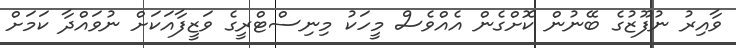
ވާއިރު ނުފޫޒުގެ ބޭނުން ކޮށްގެން އެެއްވެސް މީހަކު މިނިސްޓްރީގެ ވަޒީފާއަކަށް ނުވައްދާ ކަމަށް